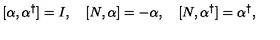
[ \alpha , \alpha ^ { \dagger } ] = I , \quad [ N , \alpha ] = - \alpha , \quad [ N , \alpha ^ { \dagger } ] = \alpha ^ { \dagger } { , }